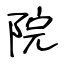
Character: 院